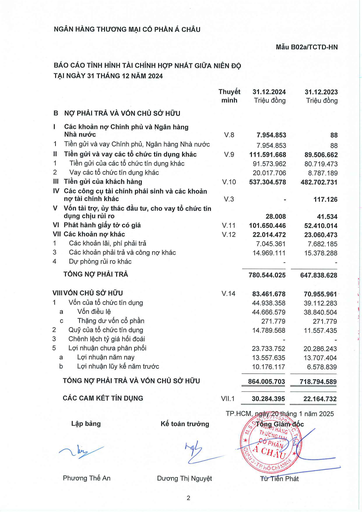
||Thuyết minh|31.12.2024 Triệu đồng|31.12.2023 Triệu đồng| |---|---|---|---| |B NỢ PHẢI TRẢ VÀ VỐN CHỦ SỞ HỮU|||| || Các khoản nợ Chính phủ và Ngân hàng Nhà nước|V.8|7.954.853|88| |1 Tiền gửi và vay Chính phủ, Ngân hàng Nhà nước||7.954.853|88| |II Tiền gửi và vay các tổ chức tín dụng khác|V.9|111.591.668|89.506.662| |1 Tiền gửi của các tổ chức tín dụng khác||91.573.962|80.719.473| |2 Vay các tổ chức tín dụng khác||20.017.706|8.787.189| |III Tiền gửi của khách hàng|V.10|537.304.578|482.702.731| |IV Các công cụ tài chính phái sinh và các khoản nợ tài chính khác|V.3||117.126| |V Vốn tài trợ, ủy thác đầu tư, cho vay tổ chức tín dụng chịu rủi ro||28.008|41.534| |VI Phát hành giấy tờ có giá|V.11|101.650.446|52.410.014| |VII Các khoản nợ khác|V.12|22.014.472|23.060.473| |1 Các khoản lãi, phí phải trả||7.045.361|7.682.185| |3 Các khoản phải trả và công nợ khác||14.969.111|15.378.288| |4 Dự phòng rủi ro khác|||| |TỔNG NỢ PHẢI TRẢ||780.544.025|647.838.628| |VIII VỐN CHỦ SỞ HỮU|V.14|83.461.678|70.955.961| |1 Vốn của tổ chức tín dụng||44.938.358|39.112.283| |a Vốn điều lệ||44.666.579|38.840.504| |c Thặng dư vốn cổ phần||271.779|271.779| |2 Quỹ của tổ chức tín dụng||14.789.568|11.557.435| |3 Chênh lệch tỷ giá hối đoái|||| |5 Lợi nhuận chưa phân phối||23.733.752|20.286.243| |a Lợi nhuận năm nay||13.557.635|13.707.404| |b Lợi nhuận lũy kế năm trước||10.176.117|6.578.839| |TỔNG NỢ PHẢI TRẢ VÀ VỐN CHỦ SỞ HỮU||864.005.703|718.794.589| ||||| |CÁC CAM KẾT TÍN DỤNG|VII.1|30.284.395|22.164.732|